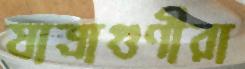
যাত্রাগুণীরা